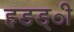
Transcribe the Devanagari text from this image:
हडड्ी